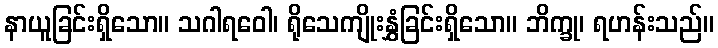
နာယူခြင်းရှိသော။ သဂါရဝေါ၊ ရိုသေကျိုးနွှံခြင်းရှိသော။ ဘိက္ခု၊ ရဟန်းသည်။